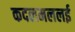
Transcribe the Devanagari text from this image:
कदलमललई